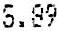
5.89